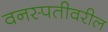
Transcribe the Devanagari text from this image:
वनस्पतीवरील